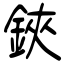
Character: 鋏